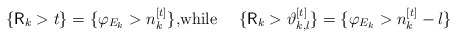
\begin{align*}\left\{ \mathsf{R}_{k}>t\right\} =\{\varphi_{E_{k}}>n_{k}^{[t]}\}\text{,while \quad}\{\mathsf{R}_{k}>\vartheta_{k,l}^{[t]}\}=\{\varphi_{E_{k}}>n_{k}^{[t]}-l\}\end{align*}